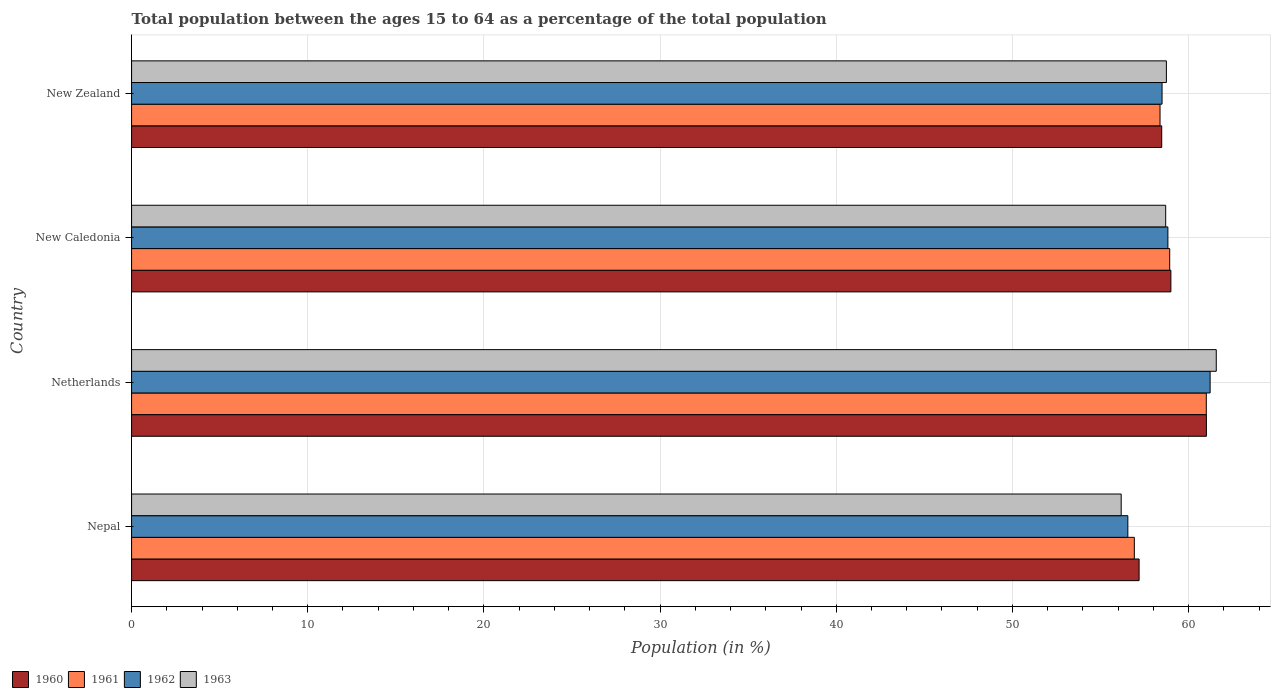
| Country | 1960 | 1961 | 1962 | 1963 |
 | --- | --- | --- | --- | --- |
 | Nepal | 57.2 | 56.9 | 56.6 | 56.2 |
 | Netherlands | 61 | 61 | 61.2 | 61.6 |
 | New Caledonia | 59 | 58.9 | 58.8 | 58.7 |
 | New Zealand | 58.5 | 58.4 | 58.5 | 58.7 |